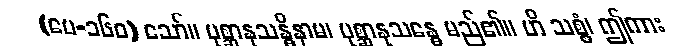
(ပေ-၁၆၀) သော်။ ပုစ္ဆာနုသန္ဓိနာမ၊ ပုစ္ဆာနုသန္ဓေ မည်၏။ ဟိ သစ္စံ၊ ဤကား